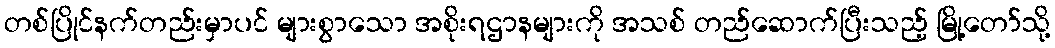
တစ်ပြိုင်နက်တည်းမှာပင် များစွာသော အစိုးရဌာနများကို အသစ် တည်ဆောက်ပြီးသည့် မြို့တော်သို့